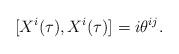
LaTeX: \begin{align*}\lbrack X^{i}(\tau ),X^{i}(\tau )]=i\theta ^{ij}.\end{align*}